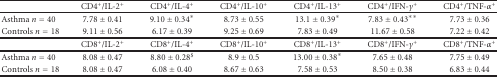
<table><thead><tr><td></td><td><b>CD4<sup>+</sup>/IL-2<sup>+</sup></b></td><td><b>CD4<sup>+</sup>/IL-4<sup>+</sup></b></td><td><b>CD4<sup>+</sup>/IL-10<sup>+</sup></b></td><td><b>CD4<sup>+</sup>/IL-13<sup>+</sup></b></td><td><b>CD4<sup>+</sup>/IFN-<i>γ</i><sup>+</sup></b></td><td><b>CD4<sup>+</sup>/TNF-<i>α</i><sup>+</sup></b></td></tr></thead><tbody><tr><td>Asthma <i>n</i> = 40</td><td>7.78 ± 0.41</td><td>9.10 ± 0.34*</td><td>8.73 ± 0.55</td><td>13.1 ± 0.39*</td><td>7.83 ± 0.43**</td><td>7.73 ± 0.36</td></tr><tr><td>Controls <i>n</i> = 18</td><td>9.11 ± 0.56</td><td>6.17 ± 0.39</td><td>9.25 ± 0.69</td><td>7.83 ± 0.49</td><td>11.67 ± 0.58</td><td>7.22 ± 0.42</td></tr><tr><td></td><td>CD8<sup>+</sup>/IL-2<sup>+</sup></td><td>CD8<sup>+</sup>/IL-4<sup>+</sup></td><td>CD8<sup>+</sup>/IL-10<sup>+</sup></td><td>CD8<sup>+</sup>/IL-13<sup>+</sup></td><td>CD8<sup>+</sup>/IFN-<i>γ</i><sup>+</sup></td><td>CD8<sup>+</sup>/TNF-<i>α</i><sup>+</sup></td></tr><tr><td>Asthma <i>n</i> = 40</td><td>8.08 ± 0.47</td><td>8.80 ± 0.28<sup>$</sup></td><td>8.9 ± 0.5</td><td>13.00 ± 0.38*</td><td>7.65 ± 0.48</td><td>7.75 ± 0.49</td></tr><tr><td>Controls <i>n</i> = 18</td><td>8.08 ± 0.47</td><td>6.08 ± 0.40</td><td>8.67 ± 0.63</td><td>7.58 ± 0.53</td><td>8.50 ± 0.38</td><td>6.83 ± 0.44</td></tr></tbody></table>